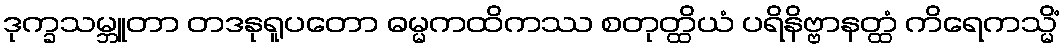
ဒုက္ခသမ္ဘူတာ တဒနုရူပတော ဓမ္မကထိကဿ စတုတ္ထိယံ ပရိနိဗ္ဗာနတ္ထံ ကိရေကသ္မိံ